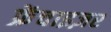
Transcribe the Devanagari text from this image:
फ्रेंचाइज़र